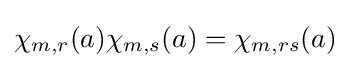
\chi _{m,r}(a)\chi _{m,s}(a)=\chi _{m,rs}(a)